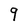
Character: 9